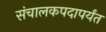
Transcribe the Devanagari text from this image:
संचालकपदापर्यंत